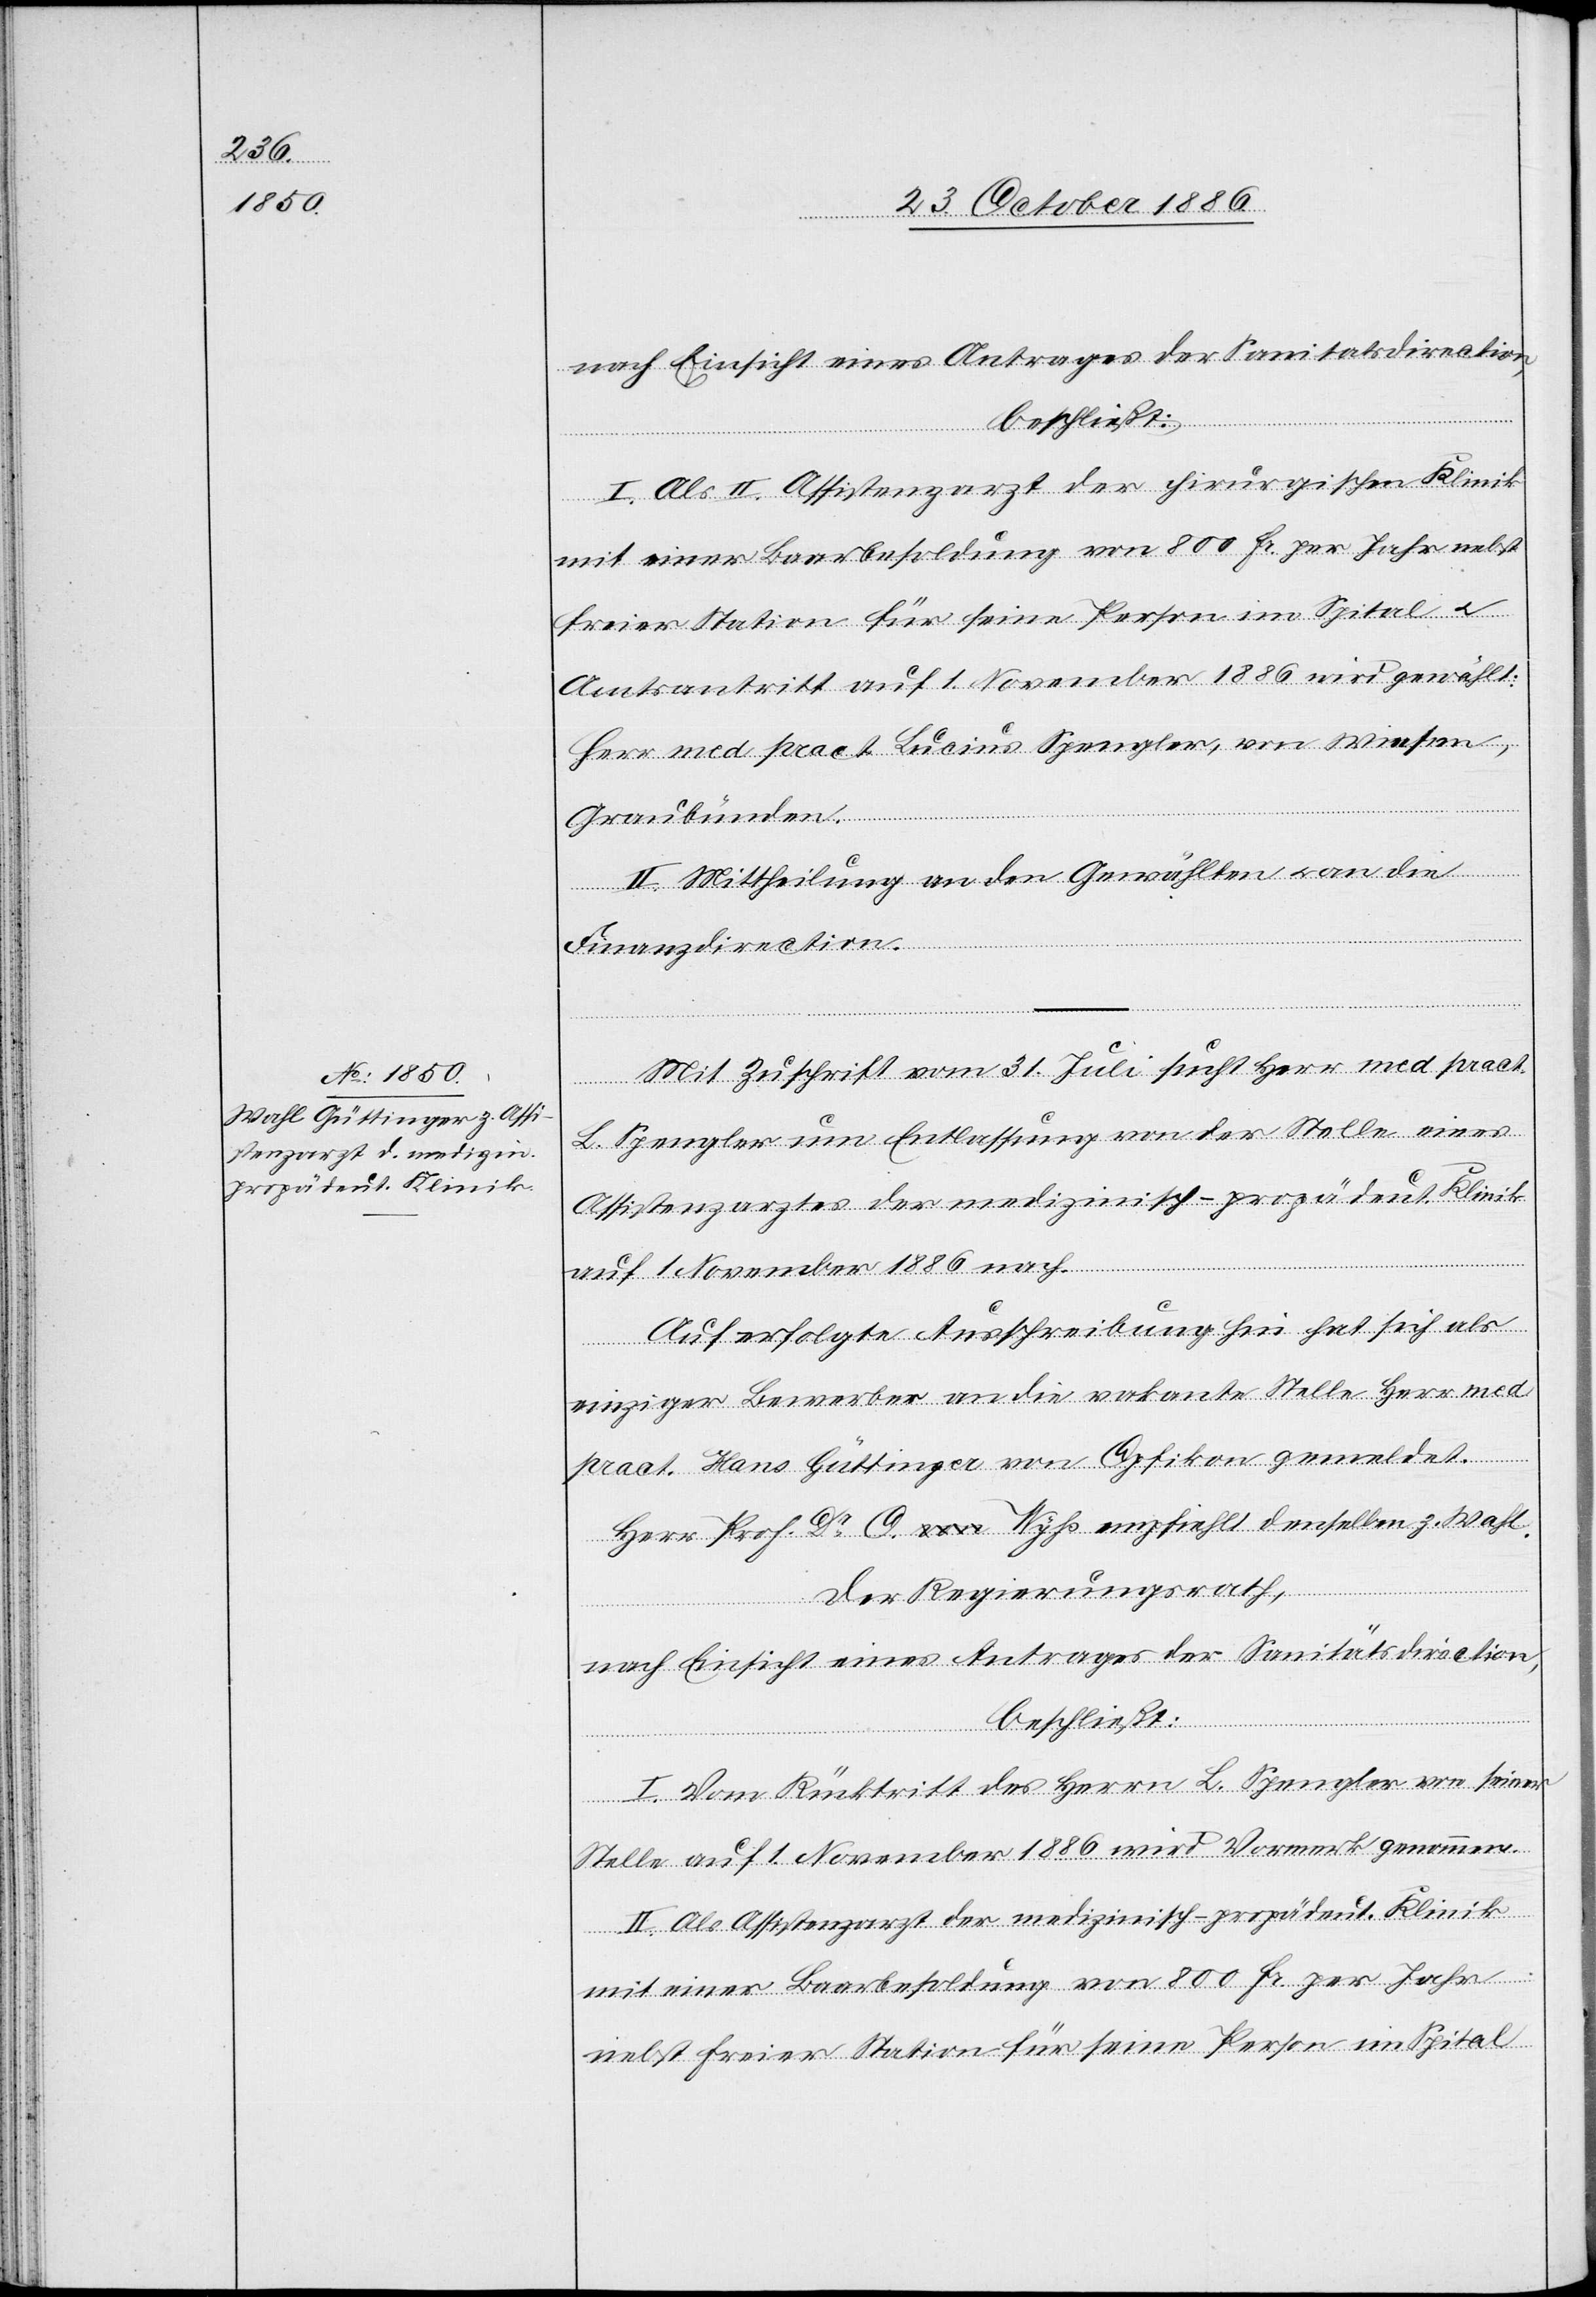
nach Einsicht eines Antrages der Sanitätsdirection,
beschließt:
I. Als II. Assistenzarzt der chirurgischen Klinik
mit einer Baarbesoldung von 800 Fr. per Jahr nebst
freier Station für seine Person im Spital
Amtsantritt auf 1. November 1886 wird gewählt:
Herr med. pract. Lucius Spengler, von Wiesen,
Graubünden.
II. Mittheilung an den Gewählten & an die
Finanzdirection.
Mit Zuschrift vom 31. Juli sucht Herr med. pract.
L. Spengler um Entlassung von der Stelle eines
Assistenzarztes der medizinisch-propädeut. Klinik
auf 1. November 1886 nach.
Auf erfolgte Ausschreibung hin hat sich als
einziger Bewerber an die vakante Stelle Herr med.
pract. Hans Güttinger von Opfikon gemeldet.
Herr Prof. Dr O. a-von-a Wyß empfiehlt denselben z. Wahl.
Der Regierungsrath,
I. Vom Rücktritt des Herrn L. Spengler von seiner
Stelle auf 1. November 1886 wird Vormerk genommen.
II. Als Assistenzarzt der medizinisch-propädeut. Klinik
mit einer Baarbesoldung von 800 Fr. per Jahr
nebst freier Station für seine Person im Spital